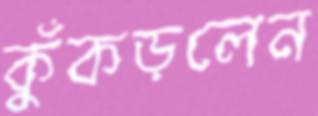
কুঁকড়লেন